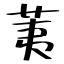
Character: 荑